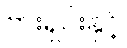
ဗားရှင်းနှင့်